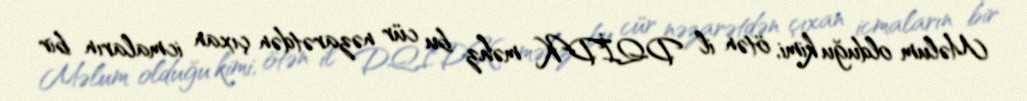
Məlum olduğu kimi, ötən il DQİDK məhz bu cür nəzarətdən çıxan icmaların bir